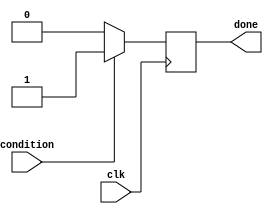
module conditional_wait_block(
    input wire condition,     // Condition signal to monitor
    input wire clk,          // Clock signal for synchronization
    output reg done          // Output signal indicating completion of wait
);

// Initial state
initial begin
    done = 0;               // Initially, not done
end

// Always block to monitor the condition
always @(posedge clk) begin
    // Check the condition
    if (condition) begin
        done <= 1;         // Condition met, set done signal
    end
    else begin
        done <= 0;         // Condition not met, keep done signal low
    end
end

endmodule